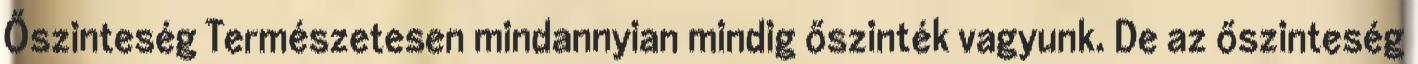
Őszinteség Természetesen mindannyian mindig őszinték vagyunk. De az őszinteség